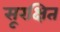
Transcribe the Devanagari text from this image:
सूरक्षित